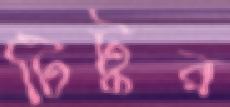
টিটুর